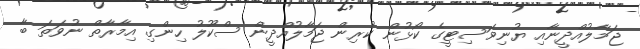
ޖަމާލުއްދީނާއި ޔުނިވަސިޓީގެ ކޯޅުން ކުރިން ޖަމާލުއްދީން ސްކޫލު ހިންގި އިމާރާތް ނުވަތަ ބާ